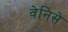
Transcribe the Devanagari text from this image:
वेनिसे